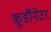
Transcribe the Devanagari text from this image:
कूर्डीनेटर